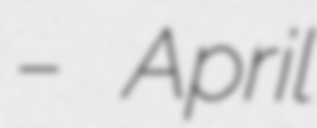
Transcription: – April